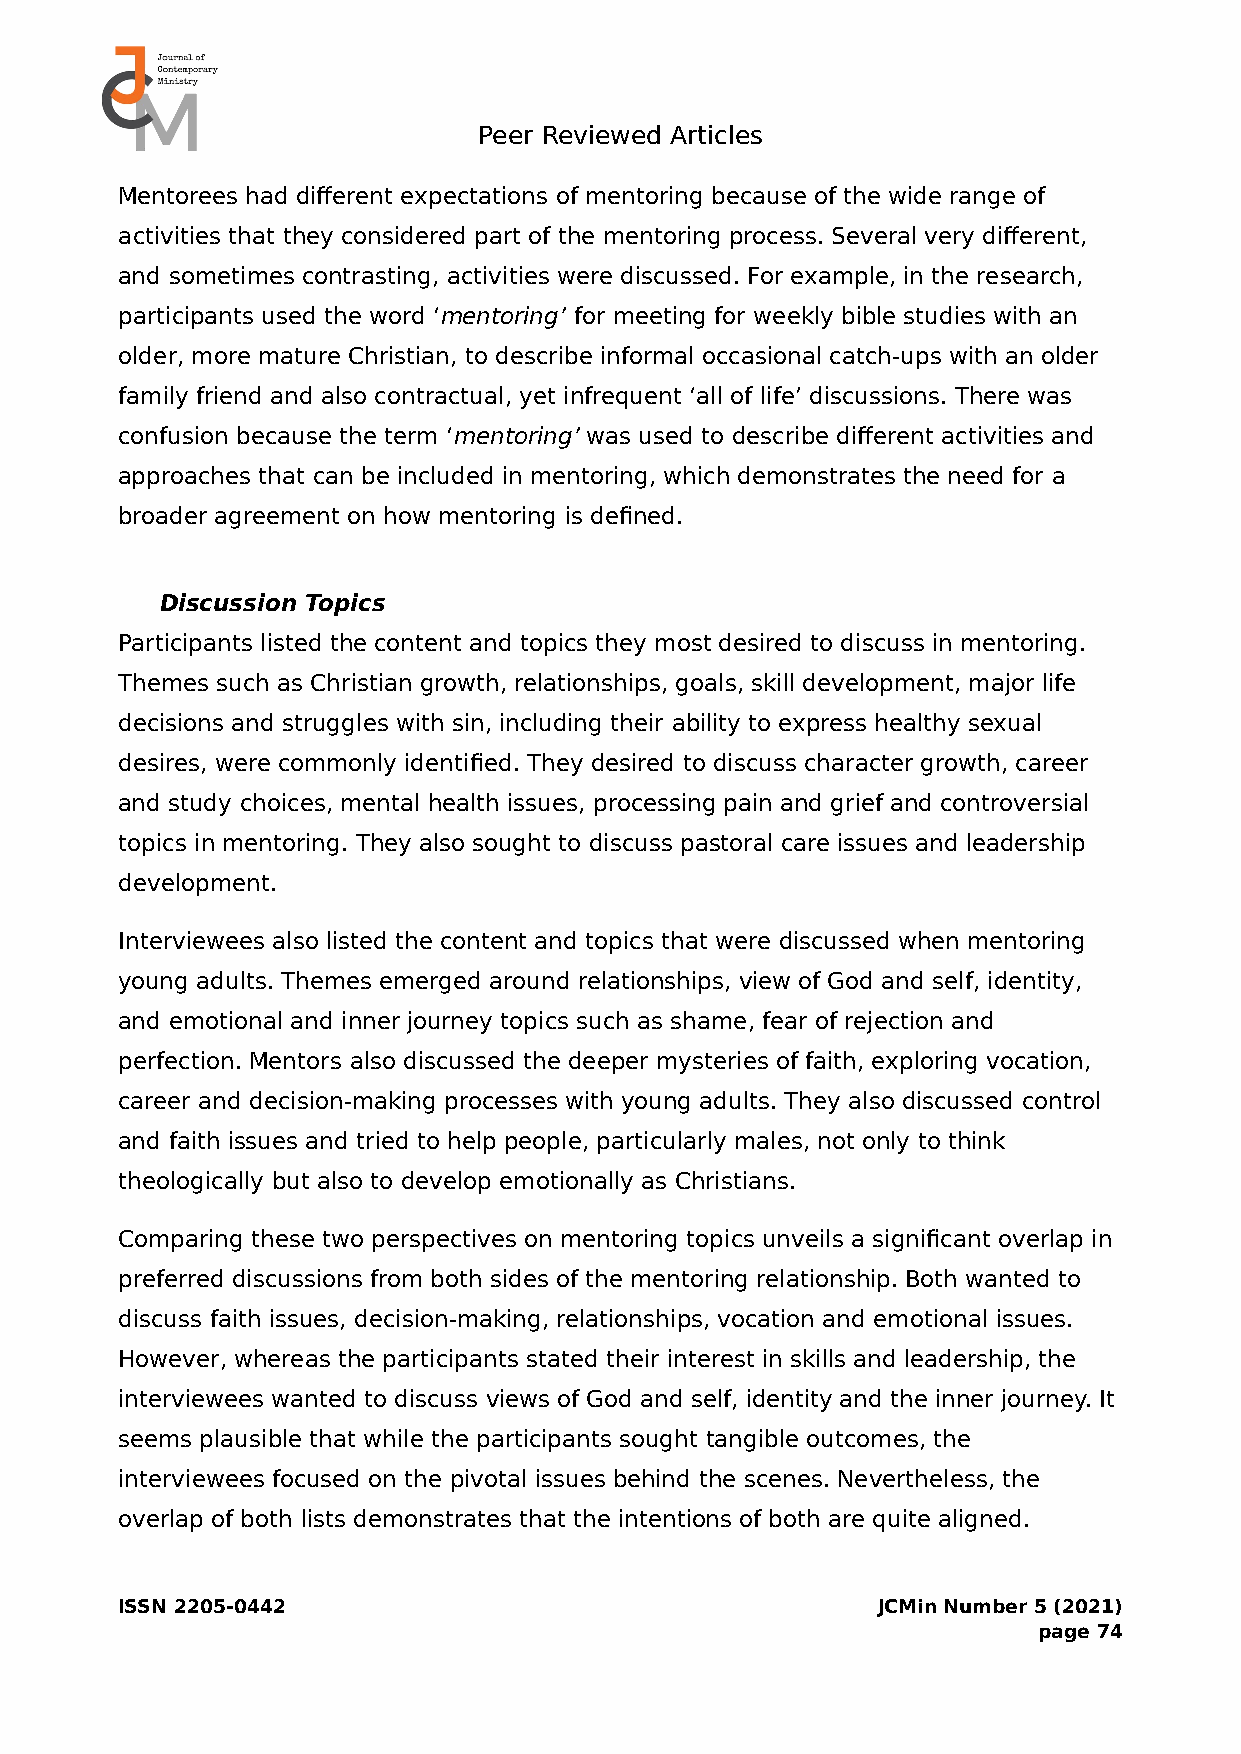
Peer Reviewed Articles
 Mentorees had different expectations of mentoring because of the wide range of
 activities that they considered part of the mentoring process. Several very different,
 and sometimes contrasting, activities were discussed. For example, in the research,
 participants used the word ‘mentoring’ for meeting for weekly bible studies with an
 older, more mature Christian, to describe informal occasional catch-ups with an older
 family friend and also contractual, yet infrequent ‘all of life’ discussions. There was
 confusion because the term ‘mentoring’ was used to describe different activities and
 approaches that can be included in mentoring, which demonstrates the need for a
 broader agreement on how mentoring is defined.
 Discussion Topics
 Participants listed the content and topics they most desired to discuss in mentoring.
 Themes such as Christian growth, relationships, goals, skill development, major life
 decisions and struggles with sin, including their ability to express healthy sexual
 desires, were commonly identified. They desired to discuss character growth, career
 and study choices, mental health issues, processing pain and grief and controversial
 topics in mentoring. They also sought to discuss pastoral care issues and leadership
 development.
 Interviewees also listed the content and topics that were discussed when mentoring
 young adults. Themes emerged around relationships, view of God and self, identity,
 and emotional and inner journey topics such as shame, fear of rejection and
 perfection. Mentors also discussed the deeper mysteries of faith, exploring vocation,
 career and decision-making processes with young adults. They also discussed control
 and faith issues and tried to help people, particularly males, not only to think
 theologically but also to develop emotionally as Christians.
 Comparing these two perspectives on mentoring topics unveils a significant overlap in
 preferred discussions from both sides of the mentoring relationship. Both wanted to
 discuss faith issues, decision-making, relationships, vocation and emotional issues.
 However, whereas the participants stated their interest in skills and leadership, the
 interviewees wanted to discuss views of God and self, identity and the inner journey. It
 seems plausible that while the participants sought tangible outcomes, the
 interviewees focused on the pivotal issues behind the scenes. Nevertheless, the
 overlap of both lists demonstrates that the intentions of both are quite aligned.
 ISSN 2205-0442                                    JCMin Number 5 (2021)
 page 74